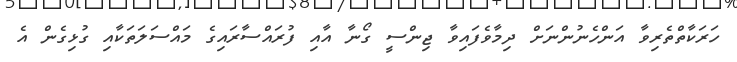
ހަރަކާތްތެރިވާ އަންހެނުންނަށް ދިމާވެފައިވާ ޖިންސީ ގޯނާ އާއި ފުރައްސާރައިގެ މައްސަލަތަކާއި ގުޅިގެން އެ